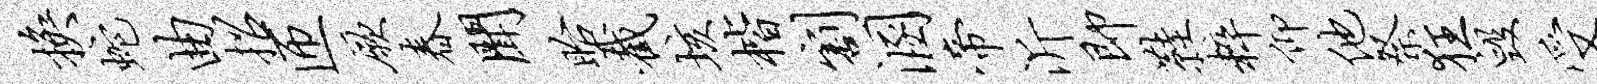
换蛇曲招匝厥春闻眙截垓楷割溷帝沂即鞋粹仰他祭狂毁受